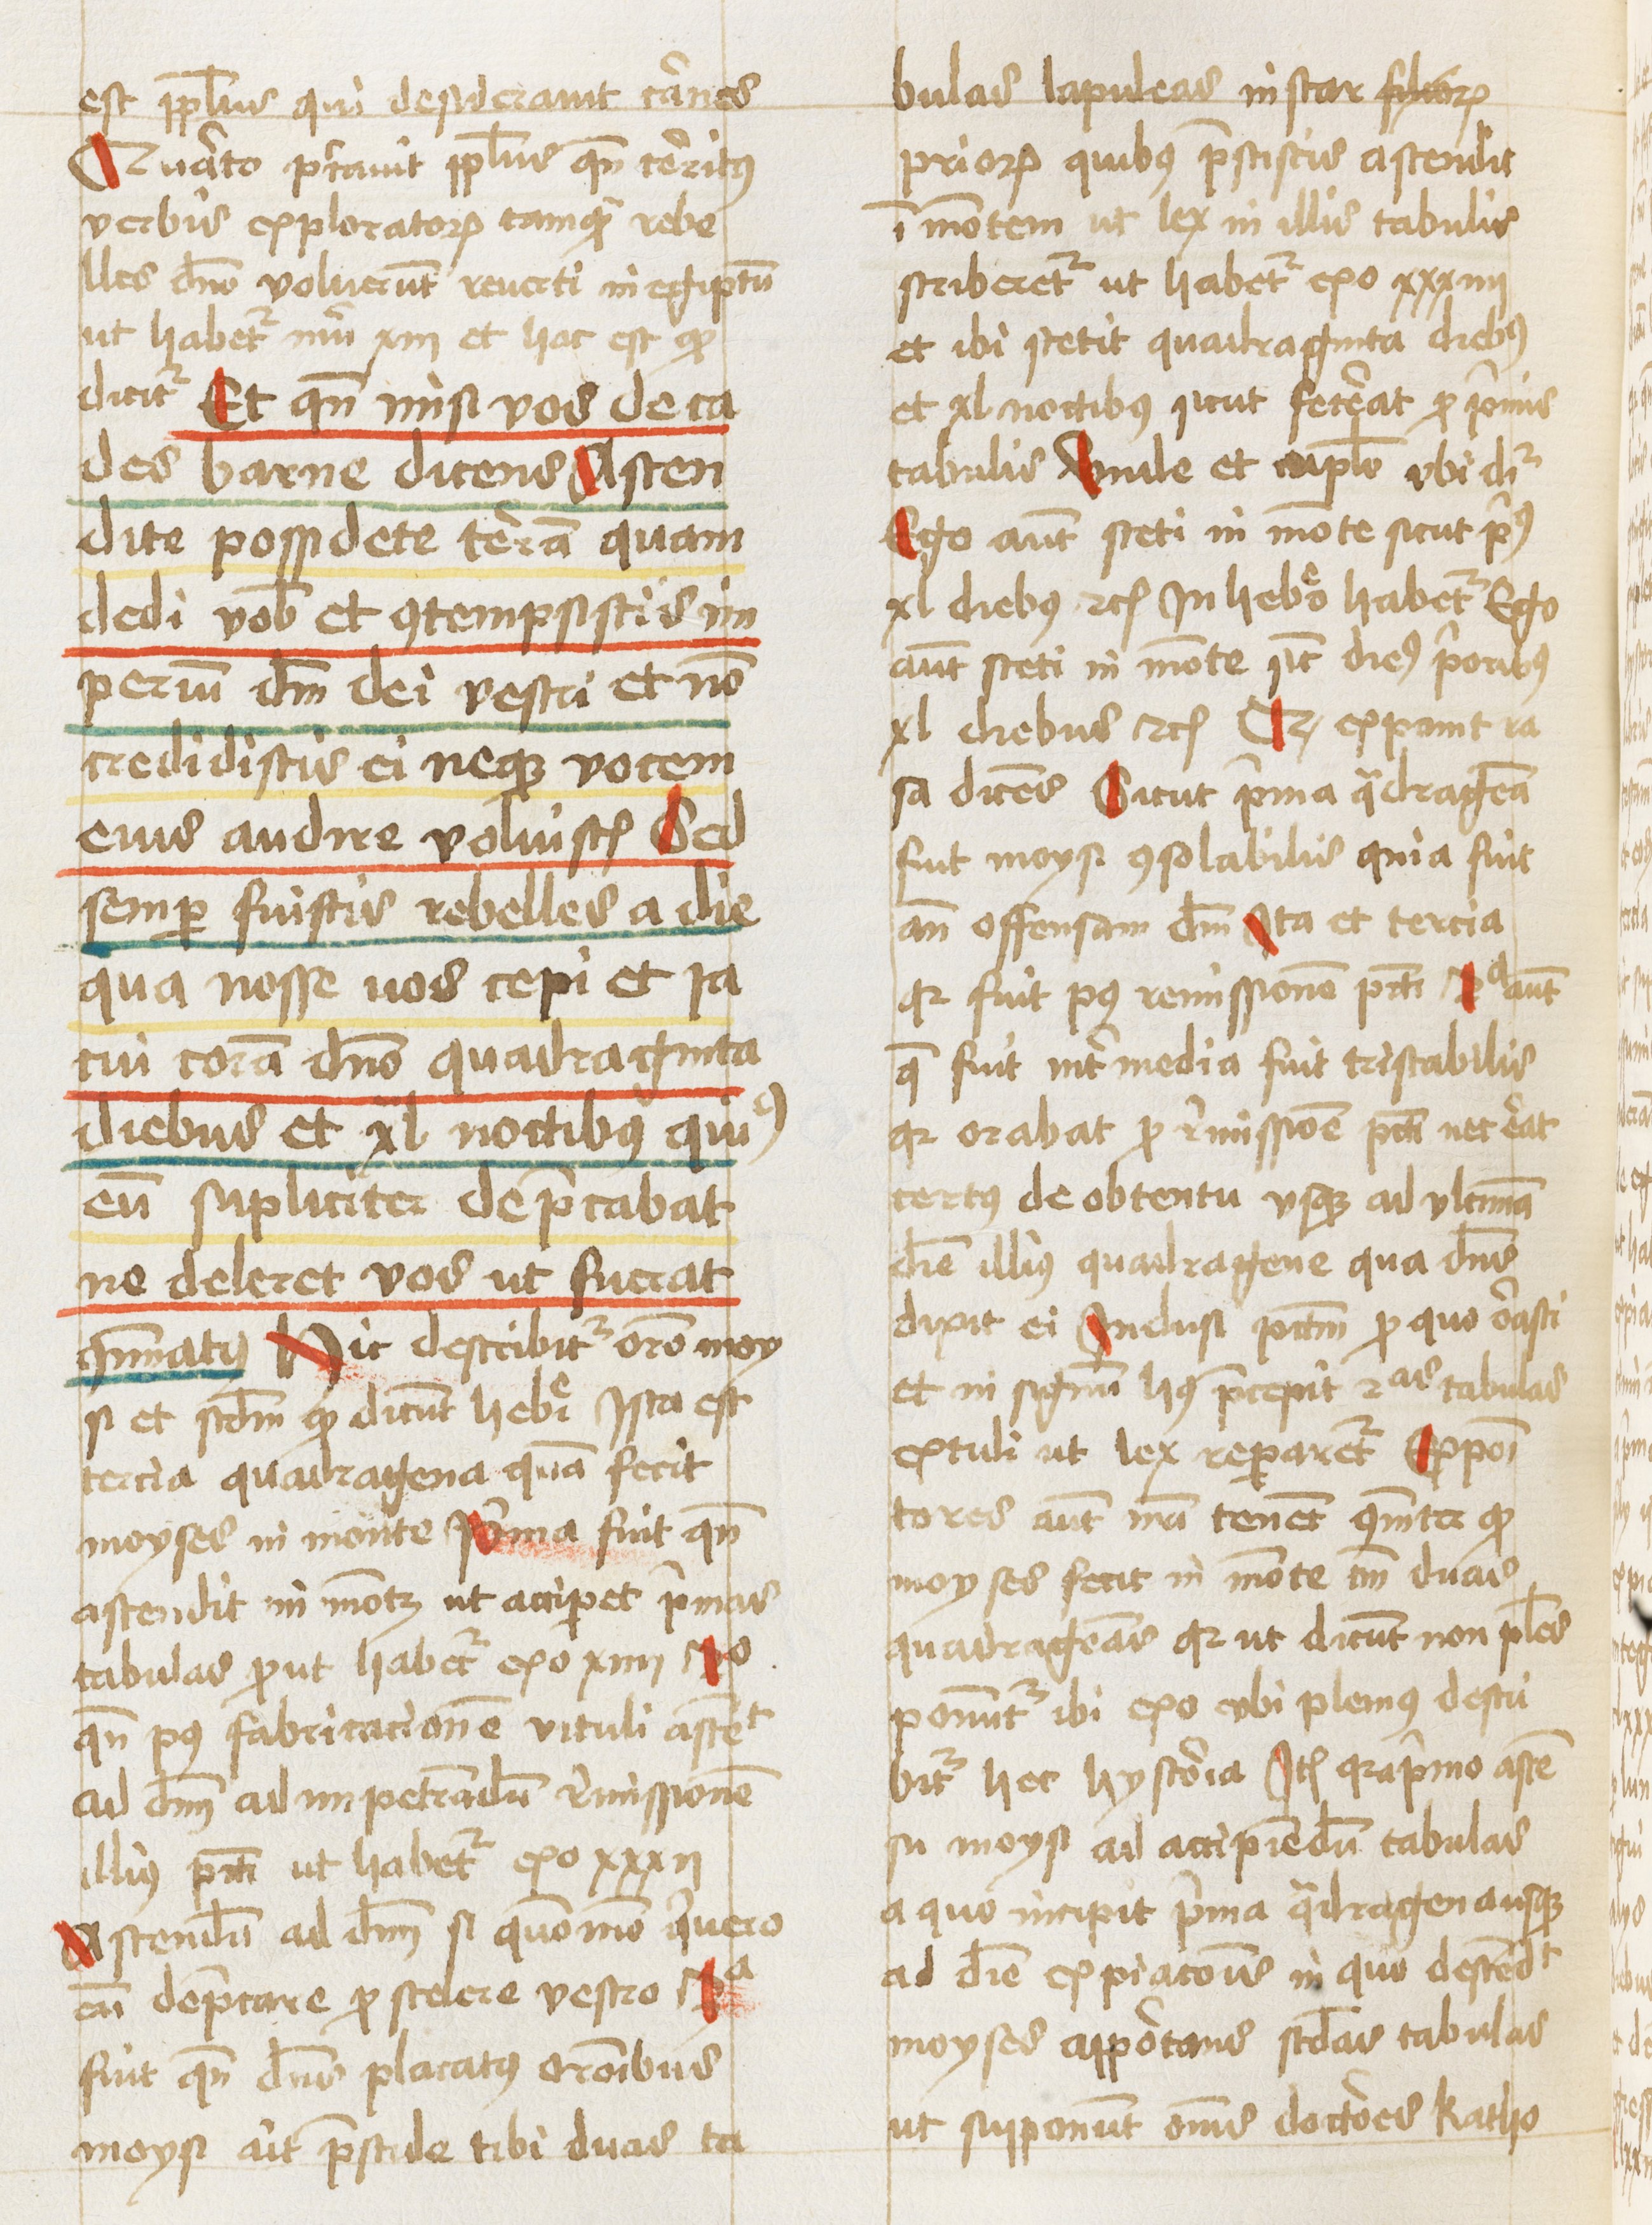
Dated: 1460–1461